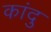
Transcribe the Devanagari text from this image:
कांदु